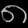
Digit: ၈